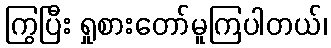
ကြွပြီး ရှုစားတော်မူကြပါတယ်၊